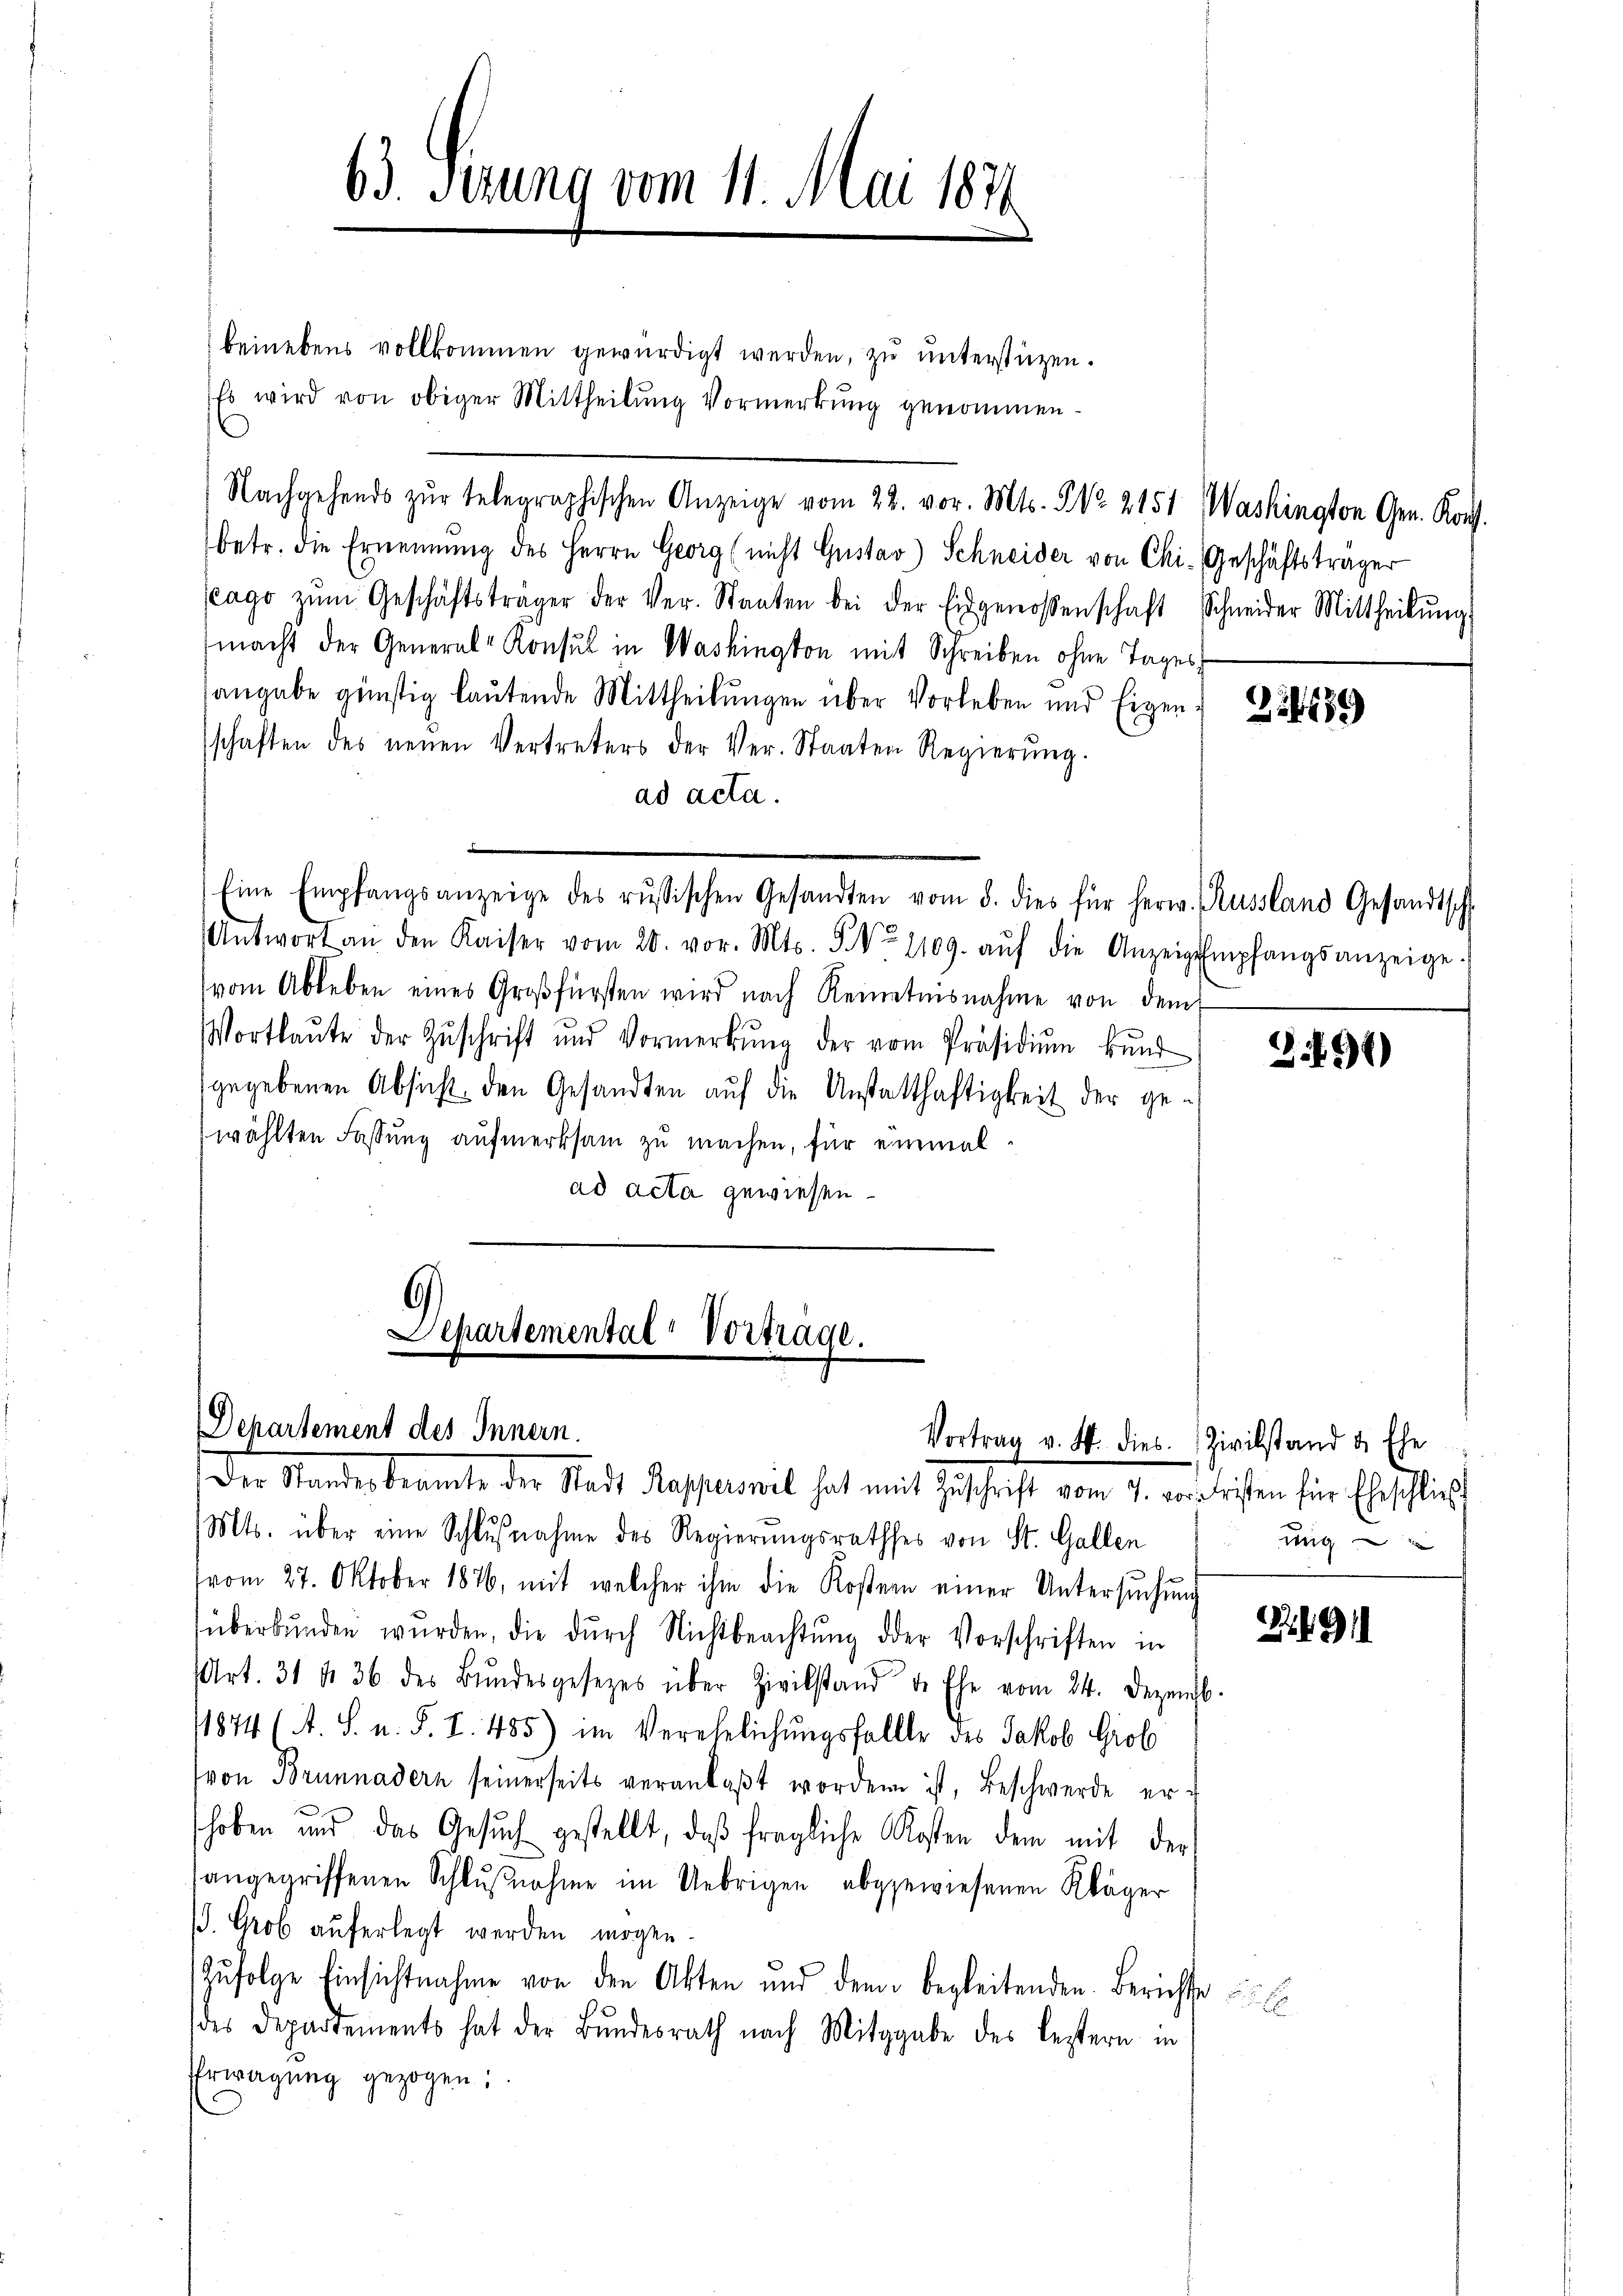
63. Denung vom 11. Mai 1841.

beinebens vollkommen gewürdigt werden, zu unterstüzen.
Es wird von obiger Mittheilung Vormerkung genommen.
Nachgehends zŭr telegraphischen Anzeige vom 22. vor. Mts. No. 2151, Washington Gen. Konf
betr. die Ernennung des Herrn Georg (nicht Gustav Schneider von Chi-Geschäftsträger
ago zŭm Geschäftsträger der Ver-Staaten bei der Eidgenossenschaft Schneider Mittheilŭng
macht der General-Konsul in Washington mit Schreiben ohne Tages
angabe günstig laŭtende Mittheilŭngen über Vorleben und Eigen: 2850
schaften des neuen Vertreters der Ver- Staaten Regierŭng.
ad acta.

Eine Empfangsanzeige des russischen Gesandten vom 8. dies für herw. Russland Gesandtsch
Antwort an den Kaiser vom 20. vor. Mts. 5 No 1109. aŭf die Anzeigempfangsanzeige.
vom Ableben eines Großfürsten wird nach Reinetnisnahme von dem
Wortlaŭte der Zŭschrift und Vormerkŭng der vom Präsidiŭm Bŭnd
gegebenen Absicht den Gesandten aŭf die Anstatthaftigkeit der gewählten Fassung aufmerksam zu machen, für einmal
ad acta gewiesen.

Mts. über eine Schlŭβnahme des Regierungsrathes von St. Gallen
(vom 27. Oktober 1876, mit welcher ihm die Kostern einer Untersŭchŭng
süberbŭnden wŭrden, die dŭrch Nichtbeachtŭng der Vorschriften in
Art. 31 f 36 des Bŭndesgesezes über Zivilstand der Ehe vom 24. Dezemb.
1874 (A. S. n. F. I. 485) im Verehelichungsfallte des Jakob Grob
von Brunnadern seinerseits veranlaβt worden ist, Beschwerde erhoben und das Gesŭch gestellt, daβ fragliche Kosten dem mit der
angegriffenen Schlŭβnahme im Uebrigen abgewiesenen Kläger
. Grob auferlegt werden mögen.
Zŭfolge Einsichtnahme von den Akten und dem begleitenden Berichte
des Departements hat der Bundesrath nach Mitgabe des Leztern in
Erwägŭng gezogen;

Schartemental-Vortrage.
.
Departement des Innern.
Der Standesbeamte der Stadt Rapperswil hat mit Zŭschrift vom 7. vor Fristen für Eheschließ

3491)

Vortrag v. 4. dies Zivilstand & Ehe
ung

.